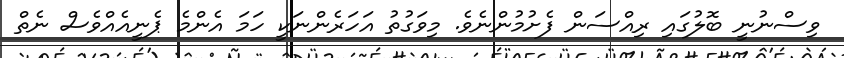
ވިސްނުނީ ބޮލުގައި ރިއްސަން ފެށުމުންނެވެ. މިވަގުތު އަހަރެންނަކީ ހަމަ އެންމެ ޕެނީއެއްވެސް ނެތް